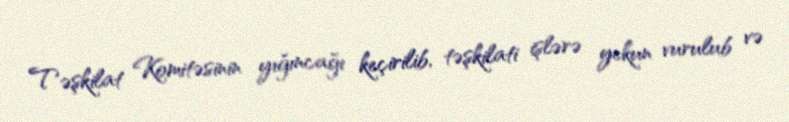
Təşkilat Komitəsinin yığıncağı keçirilib, təşkilati işlərə yekun vurulub və